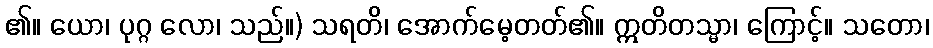
၏။ ယော၊ ပုဂ္ဂ လော၊ သည်။) သရတိ၊ အောက်မေ့တတ်၏။ ဣတိတသ္မာ၊ ကြောင့်။ သတော၊